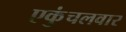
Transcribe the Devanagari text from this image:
एकुंचलवार